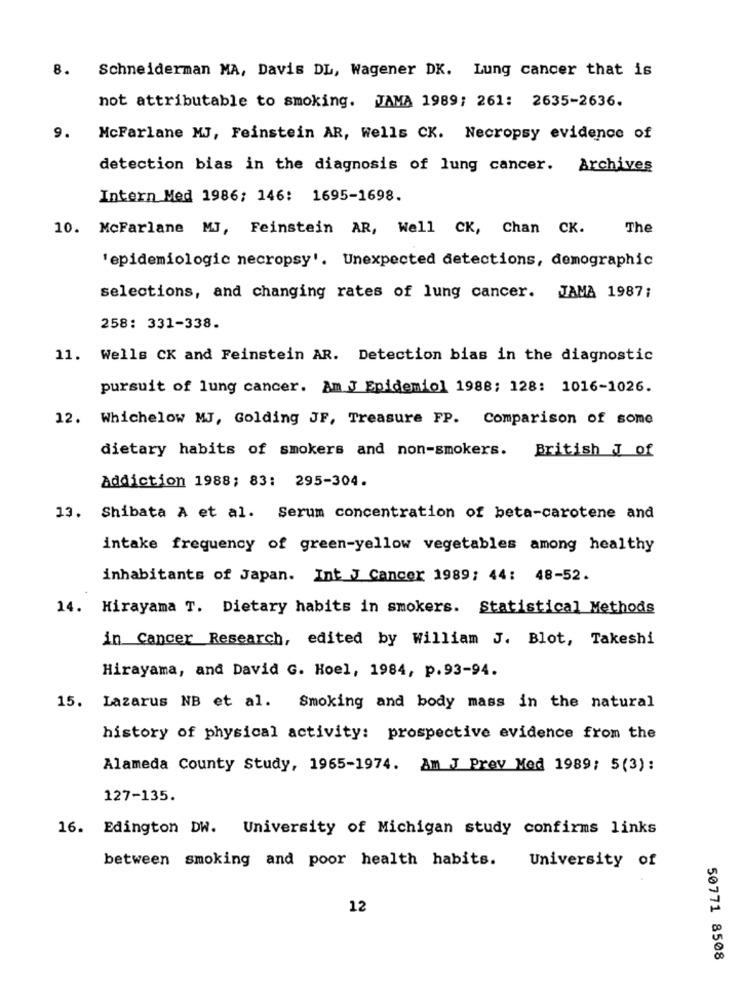
8. Schneiderman MA, Davis DL, Wagener DK. Lung cancer that is
not attributable to smoking. JAMA 1989; 261: 2635-2636.
9.
McFarlane MJ, Feinstein AR, Wells CK. Necropsy evidence of
detection bias in the diagnosis of lung cancer. Archives
Intern Med 1986; 146: 1695-1698.
10. McFarlane MJ, Feinstein AR, Well CK, Chan CK.
The
'epidemiologic necropsy'. Unexpected detections, demographic
selections, and changing rates of lung cancer. JAMA 1987;
258: 331-338.
11. Wells CK and Feinstein AR. Detection bias in the diagnostic
pursuit of lung cancer. Am J Epidemiol 1988; 128: 1016-1026.
12. Whichelow MJ, Golding JF, Treasure FP. Comparison of some
dietary habits of smokers and non-smokers.
British J of
Addiction 1988; 83: 295-304.
13. Shibata A et al. Serum concentration of beta-carotene and
intake frequency of green-yellow vegetables among healthy
inhabitants of Japan. Int J Cancer 1989; 44: 48-52.
14. Hirayama T. Dietary habits in smokers. Statistical Methods
in Cancer Research, edited by William J. Blot, Takeshi
Hirayama, and David G. Hoel, 1984, p.93-94.
15. Lazarus NB et al. Smoking and body mass in the natural
history of physical activity: prospective evidence from the
Alameda County Study, 1965-1974. Am J Prev Med 1989; 5(3):
127-135.
16. Edington DW. University of Michigan study confirms links
between smoking and poor health habits.
University of
12
50771 8508